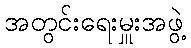
အတွင်းရေးမှူးအဖွဲ့